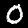
Digit: 0